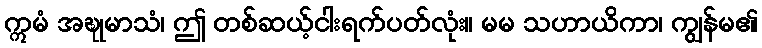
ဣမံ အဍ္ဎုမာသံ၊ ဤ တစ်ဆယ့်ငါးရက်ပတ်လုံး။ မမ သဟာယိကာ၊ ကျွန်မ၏